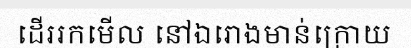
ដើររកមើល នៅឯរោងមាន់ក្រោយ